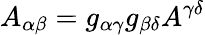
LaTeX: A_{\alpha\beta}=g_{\alpha\gamma}g_{\beta\delta}A^{\gamma\delta}